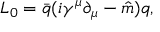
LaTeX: { \cal L } _ { 0 } = \bar { q } ( i \gamma ^ { \mu } \partial _ { \mu } - \hat { m } ) q ,